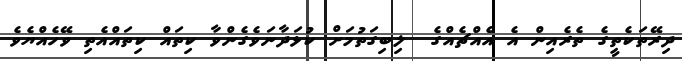
ދިރޭތަކެތީގެ ތެރެއިން އެ އެއްޗެއްގެ  ލިބިގަތުމަށް ކުޅަދާނަވެގެންވާ ކިތައް ކިތައްއެތި ވޭހެއްޔެވެ